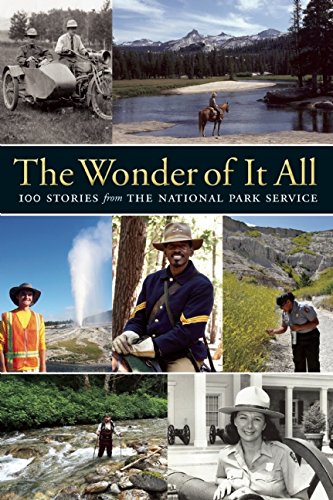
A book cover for The Wonder of It All: 100 Stories from the National Park Service; Science & Math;